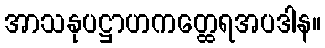
အာသနုပဋ္ဌာဟကတ္ထေရအပဒါန။